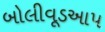
બોલીવૂડઆપ